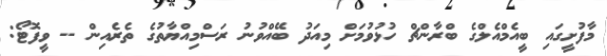
މާފުށީގައި ބީއެމްއެލްގެ ބްރާންޗް ހުޅުވުމަށް މިއަދު ބޭއްވުނު ރަސްމިއްޔާތުގެ ތެރެއިން -- ވީފޮޓޯ: